Civil Veterinary Dept. Bombay admin report 1900-1906 - 1900-1906
Year: 1900
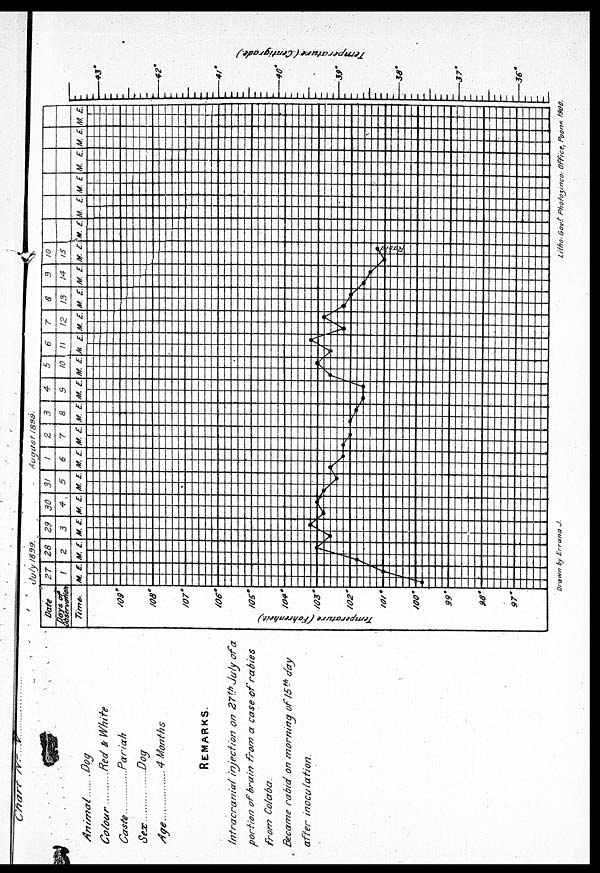
Chart IV
Animal ....
Colour
Caste
Sex
Age.........
...Dog
...Red & White
....Pariah
Dog
4 Months
REMARKS.
Intracranial injection on 27 th July of a
portion of brain from a case of rabies
from Co/aba.
Became rabid on morning of 15 th day
after
inoculation.